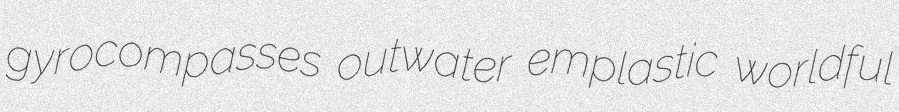
gyrocompasses outwater emplastic worldful